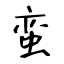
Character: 蛮